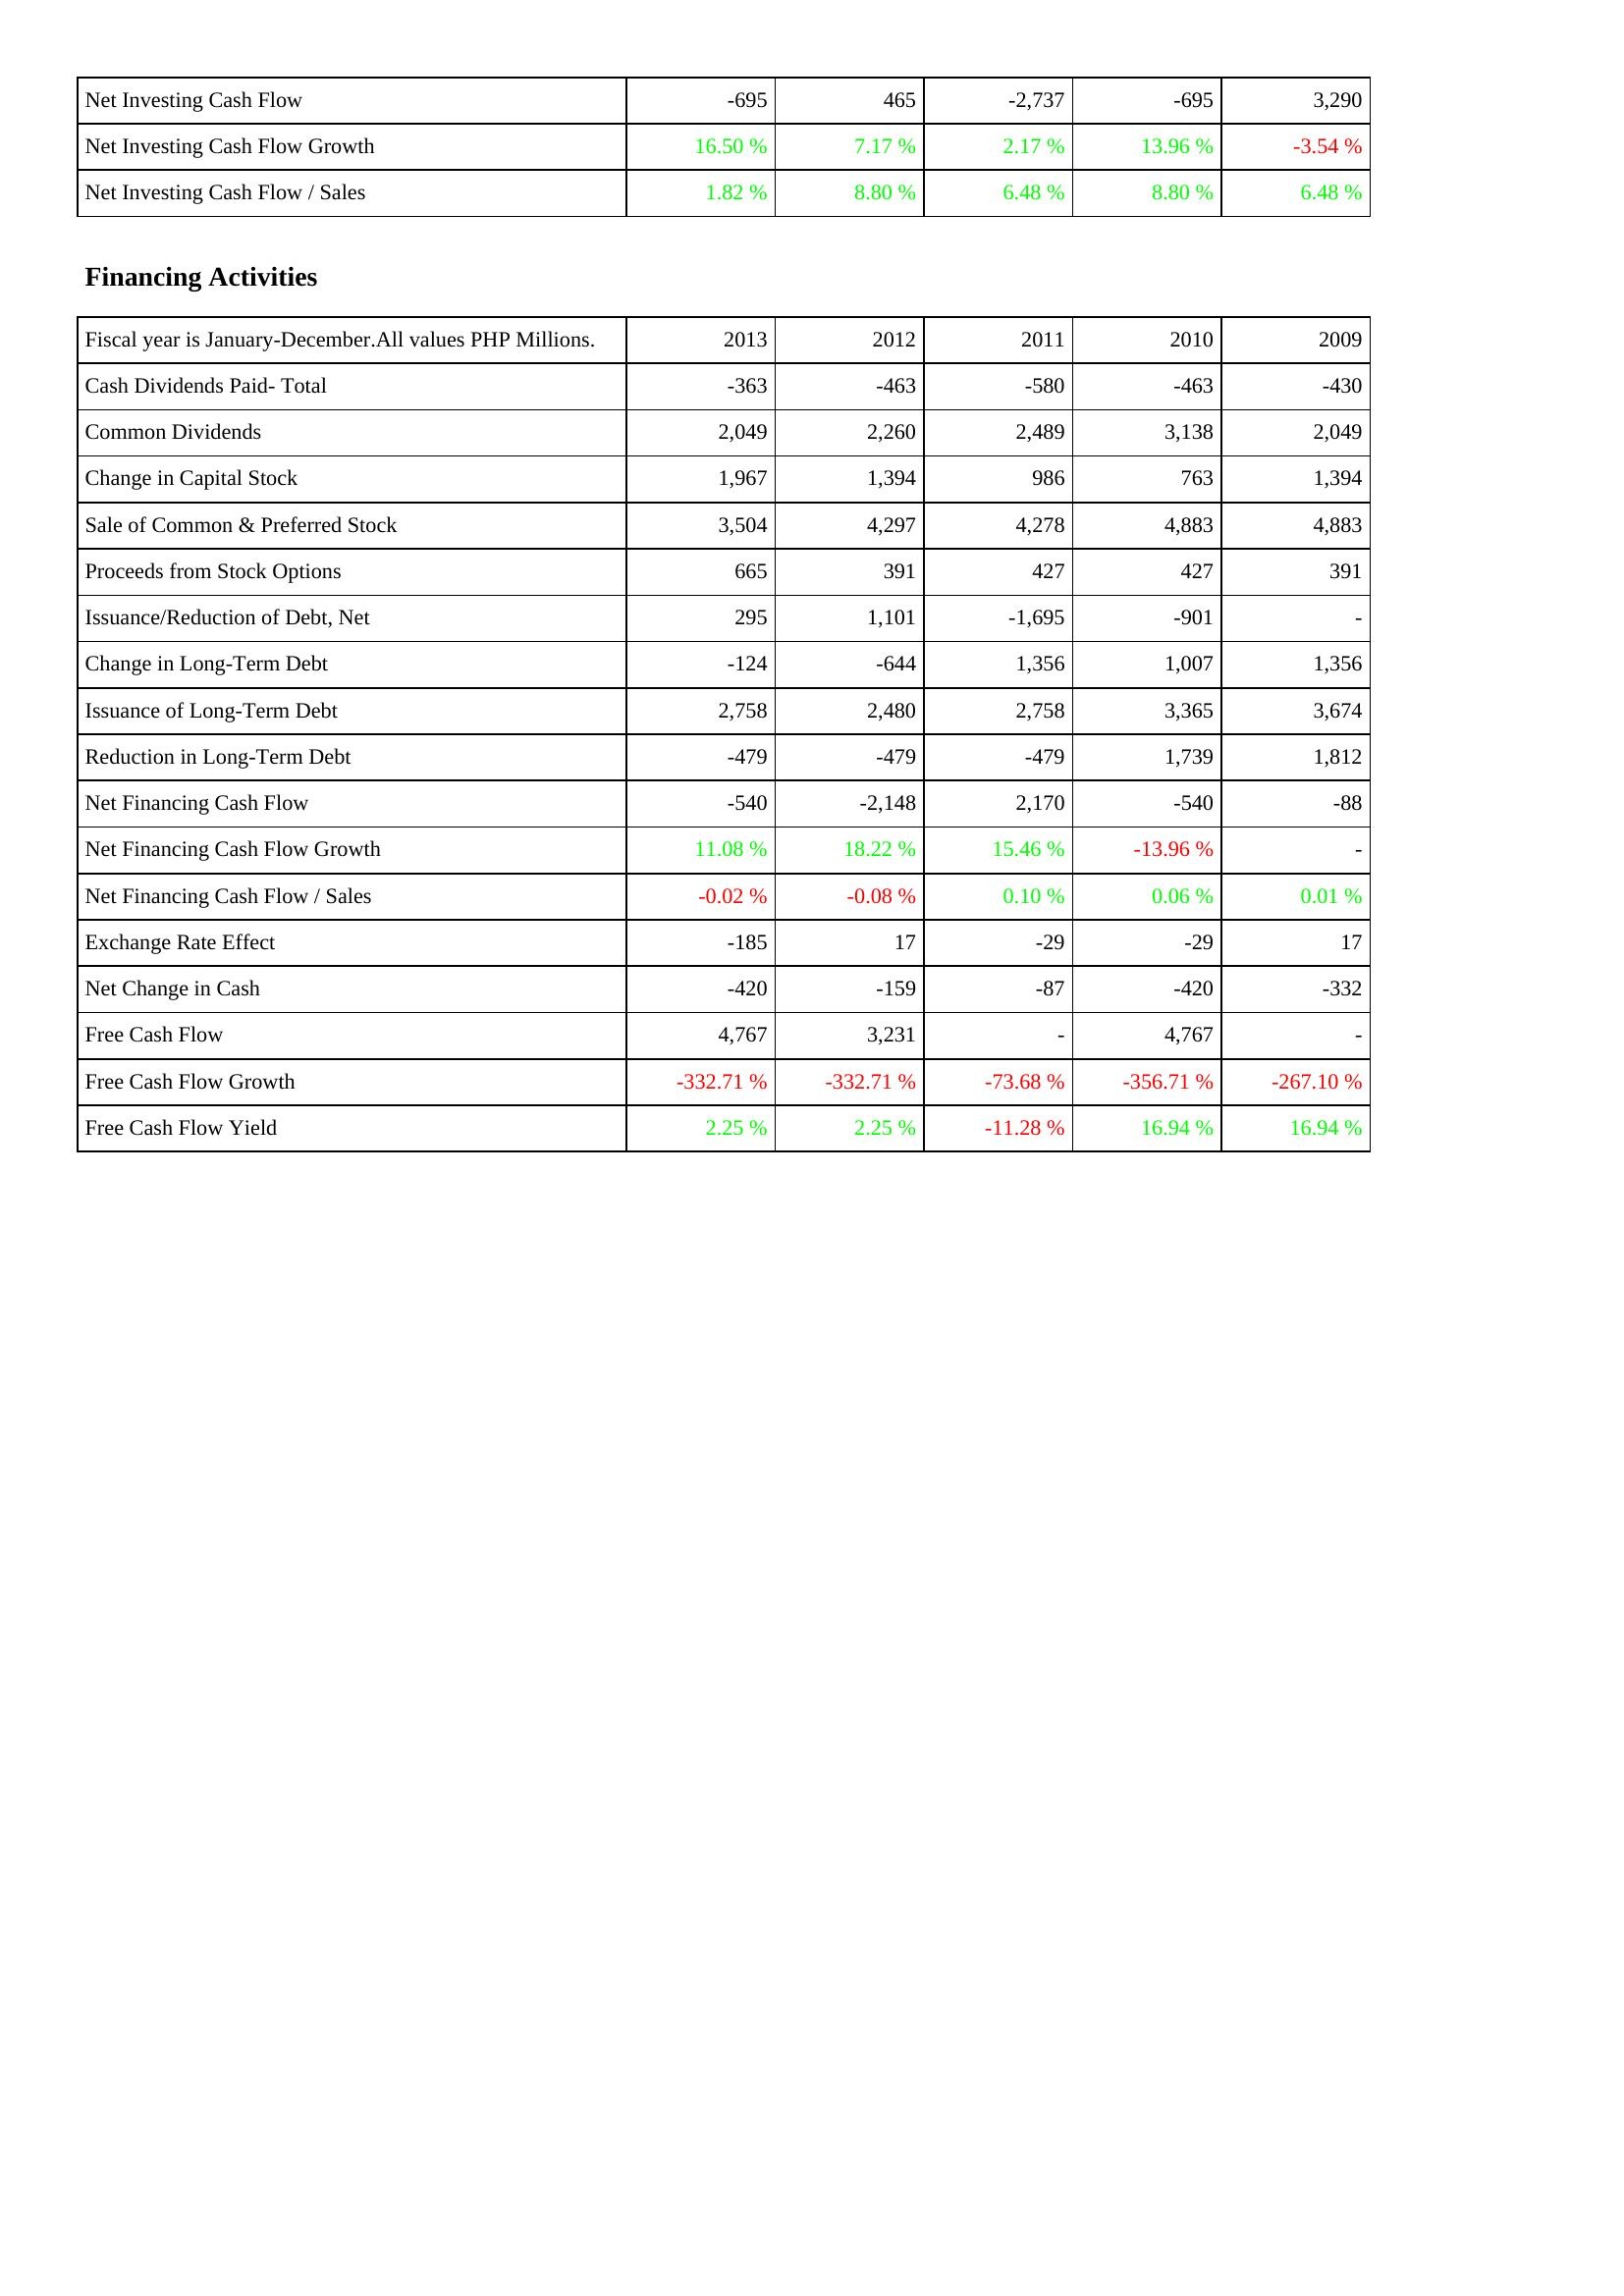
2013: Investing Activities: Net Investing Cash Flow: -695
Net Investing Cash Flow Growth: 16.50 %
Net Investing Cash Flow / Sales: 1.82 %
Financing Activities: Cash Dividends Paid- Total: -363
Common Dividends: 2,049
Change in Capital Stock: 1,967
Sale of Common & Preferred Stock: 3,504
Proceeds from Stock Options: 665
Issuance/Reduction of Debt, Net: 295
Change in Long-Term Debt: -124
Issuance of Long-Term Debt: 2,758
Reduction in Long-Term Debt: -479
Net Financing Cash Flow: -540
Net Financing Cash Flow Growth: 11.08 %
Net Financing Cash Flow / Sales: -0.02 %
Exchange Rate Effect: -185
Net Change in Cash: -420
Free Cash Flow: 4,767
Free Cash Flow Growth: -332.71 %
Free Cash Flow Yield: 2.25 %
2012: Investing Activities: Net Investing Cash Flow: 465
Net Investing Cash Flow Growth: 7.17 %
Net Investing Cash Flow / Sales: 8.80 %
Financing Activities: Cash Dividends Paid- Total: -463
Common Dividends: 2,260
Change in Capital Stock: 1,394
Sale of Common & Preferred Stock: 4,297
Proceeds from Stock Options: 391
Issuance/Reduction of Debt, Net: 1,101
Change in Long-Term Debt: -644
Issuance of Long-Term Debt: 2,480
Reduction in Long-Term Debt: -479
Net Financing Cash Flow: -2,148
Net Financing Cash Flow Growth: 18.22 %
Net Financing Cash Flow / Sales: -0.08 %
Exchange Rate Effect: 17
Net Change in Cash: -159
Free Cash Flow: 3,231
Free Cash Flow Growth: -332.71 %
Free Cash Flow Yield: 2.25 %
2011: Investing Activities: Net Investing Cash Flow: -2,737
Net Investing Cash Flow Growth: 2.17 %
Net Investing Cash Flow / Sales: 6.48 %
Financing Activities: Cash Dividends Paid- Total: -580
Common Dividends: 2,489
Change in Capital Stock: 986
Sale of Common & Preferred Stock: 4,278
Proceeds from Stock Options: 427
Issuance/Reduction of Debt, Net: -1,695
Change in Long-Term Debt: 1,356
Issuance of Long-Term Debt: 2,758
Reduction in Long-Term Debt: -479
Net Financing Cash Flow: 2,170
Net Financing Cash Flow Growth: 15.46 %
Net Financing Cash Flow / Sales: 0.10 %
Exchange Rate Effect: -29
Net Change in Cash: -87
Free Cash Flow: -
Free Cash Flow Growth: -73.68 %
Free Cash Flow Yield: -11.28 %
2010: Investing Activities: Net Investing Cash Flow: -695
Net Investing Cash Flow Growth: 13.96 %
Net Investing Cash Flow / Sales: 8.80 %
Financing Activities: Cash Dividends Paid- Total: -463
Common Dividends: 3,138
Change in Capital Stock: 763
Sale of Common & Preferred Stock: 4,883
Proceeds from Stock Options: 427
Issuance/Reduction of Debt, Net: -901
Change in Long-Term Debt: 1,007
Issuance of Long-Term Debt: 3,365
Reduction in Long-Term Debt: 1,739
Net Financing Cash Flow: -540
Net Financing Cash Flow Growth: -13.96 %
Net Financing Cash Flow / Sales: 0.06 %
Exchange Rate Effect: -29
Net Change in Cash: -420
Free Cash Flow: 4,767
Free Cash Flow Growth: -356.71 %
Free Cash Flow Yield: 16.94 %
2009: Investing Activities: Net Investing Cash Flow: 3,290
Net Investing Cash Flow Growth: -3.54 %
Net Investing Cash Flow / Sales: 6.48 %
Financing Activities: Cash Dividends Paid- Total: -430
Common Dividends: 2,049
Change in Capital Stock: 1,394
Sale of Common & Preferred Stock: 4,883
Proceeds from Stock Options: 391
Issuance/Reduction of Debt, Net: -
Change in Long-Term Debt: 1,356
Issuance of Long-Term Debt: 3,674
Reduction in Long-Term Debt: 1,812
Net Financing Cash Flow: -88
Net Financing Cash Flow Growth: -
Net Financing Cash Flow / Sales: 0.01 %
Exchange Rate Effect: 17
Net Change in Cash: -332
Free Cash Flow: -
Free Cash Flow Growth: -267.10 %
Free Cash Flow Yield: 16.94 %